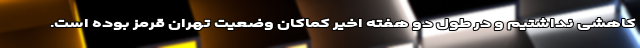
کاهشی نداشتیم و در طول دو هفته اخیر کماکان وضعیت تهران قرمز بوده است.